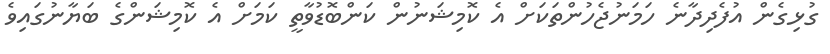
ގުޅިގެން އުފެދިދާނެ ހަމަނުޖެހުންތަކަށް އެ ކޮމިޝަނުން ކަންބޮޑުވާތީ ކަމަށް އެ ކޮމިޝަންގެ ބަޔާނުގައިވެ